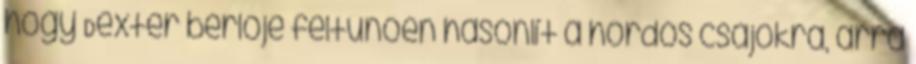
hogy Dexter bérlője feltűnően hasonlít a hordós csajokra, arra